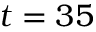
t = 3 5